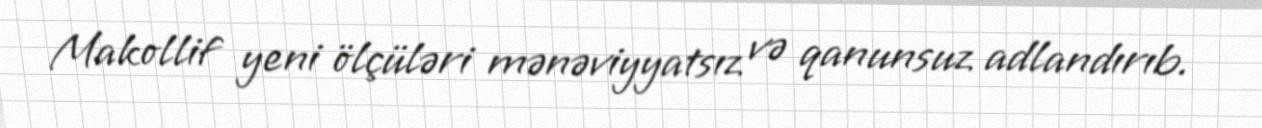
Makollif yeni ölçüləri mənəviyyatsız və qanunsuz adlandırıb.